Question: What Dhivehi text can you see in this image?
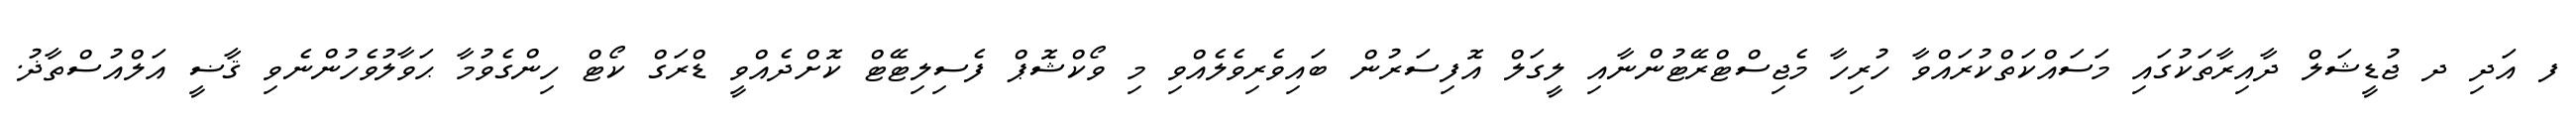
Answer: ފ އަދި ދ ޖުޑީޝަލް ދާއިރާތަކުގައި މަސައްކަތްކުރައްވާ ހުރިހާ މެޖިސްޓްރޭޓުންނާއި ލީގަލް އޮފިސަރުން ބައިވެރިވެލެއްވި މި ވޯކްޝޮޕް ފެސިލިޓޭޓް ކޮށްދެއްވީ ޑްރަގް ކޯޓް ހިންގެވުމާ ޙަވާލުވެހުންނެވި ޤާޟީ އަލްއުސްތާޛު.